Lunatic asylums United Prov. 1922-30 - 1922-1930
Year: 1922
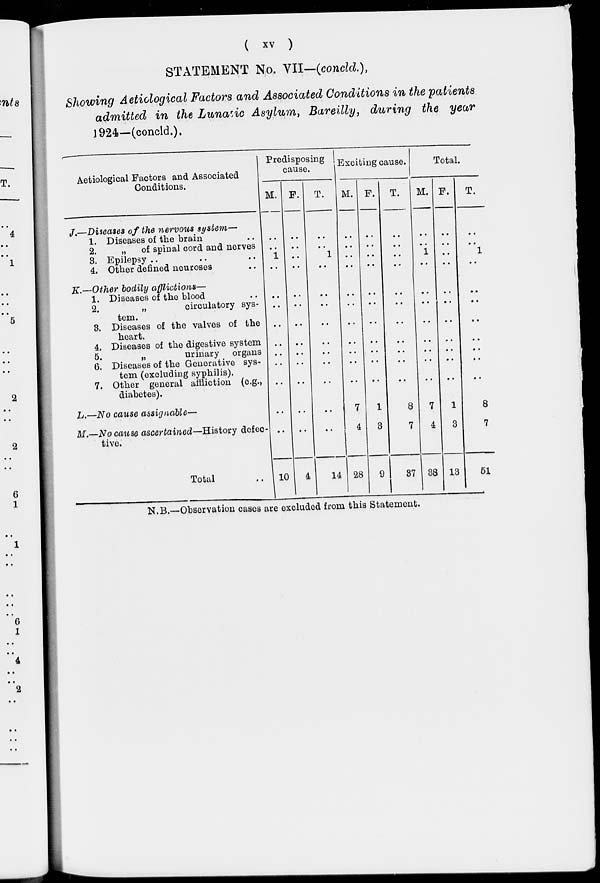
( xv )
STATEMENT No. VII—(concld.),
Showing Aeticlogical Factors and Associated Conditions in the patients
admitted in the Lunatic Asylum, Bareilly, during the year
1924—(concld.).
Aetiologioal Factors and Associated
Conditions.
J.—Diseases of the nervous system—
1.
2.
3.
4.
Diseases of the brain ..
„ of spinal cord and nerves
Epilepsy .. .. ..
Other defined neuroses ..
K.—Other bodily afflictions—
1.
2.
3.
4.
5.
6.
7.
Diseases of the blood ..
„
circulatory sys-
tem.
Diseases of the valves of the
heart.
Diseases of the digestive system
„
urinary organs
Diseases of the Generative sys-
tem (excluding syphilis).
Other general affliction (e.g.,
diabetes).
L.—No cause assignable—
M.—No cause ascertained—History defec-
tive.
Total ..
Predisposing
cause.
M.
..
..
1
..
..
..
..
..
..
..
..
..
..
10
F.
..
..
..
..
..
..
..
..
..
..
..
..
..
4
T.
..
..
1
..
..
..
..
..
..
..
..
..
..
14
Exciting cause.
M.
..
..
..
..
..
..
..
..
..
..
..
7
4
28
F.
..
..
..
..
..
..
..
..
..
..
..
1
3
9
T.
..
..
..
..
..
..
..
..
..
..
..
8
7
37
Total.
M.
..
..
1
..
..
..
..
..
..
..
..
7
4
38
F.
..
..
..
..
..
..
..
..
..
..
..
1
3
13
T.
..
..
1
..
..
..
..
..
..
..
..
8
7
51
N.B.—Observation cases are excluded from this Statement.